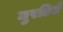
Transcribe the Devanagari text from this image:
मुरडिले